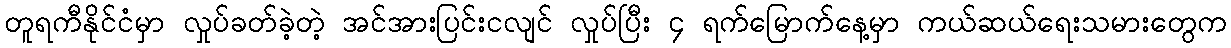
တူရကီနိုင်ငံမှာ လှုပ်ခတ်ခဲ့တဲ့ အင်အားပြင်းငလျင် လှုပ်ပြီး ၄ ရက်မြောက်နေ့မှာ ကယ်ဆယ်ရေးသမားတွေက